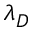
\lambda _ { D }